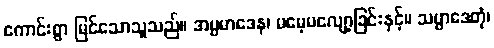
ကောင်းစွာ မြင်သောသူသည်။ အပ္ပမာဒေန၊ မမေ့မလျော့ခြင်းနှင့်။ သမ္ပာဒေတုံ၊